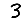
Digit: 3